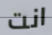
انت